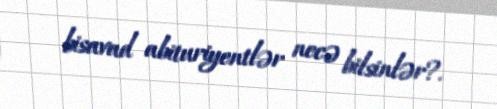
bisavad abituriyentlər necə bilsinlər?.